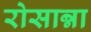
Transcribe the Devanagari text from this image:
रोसान्ना